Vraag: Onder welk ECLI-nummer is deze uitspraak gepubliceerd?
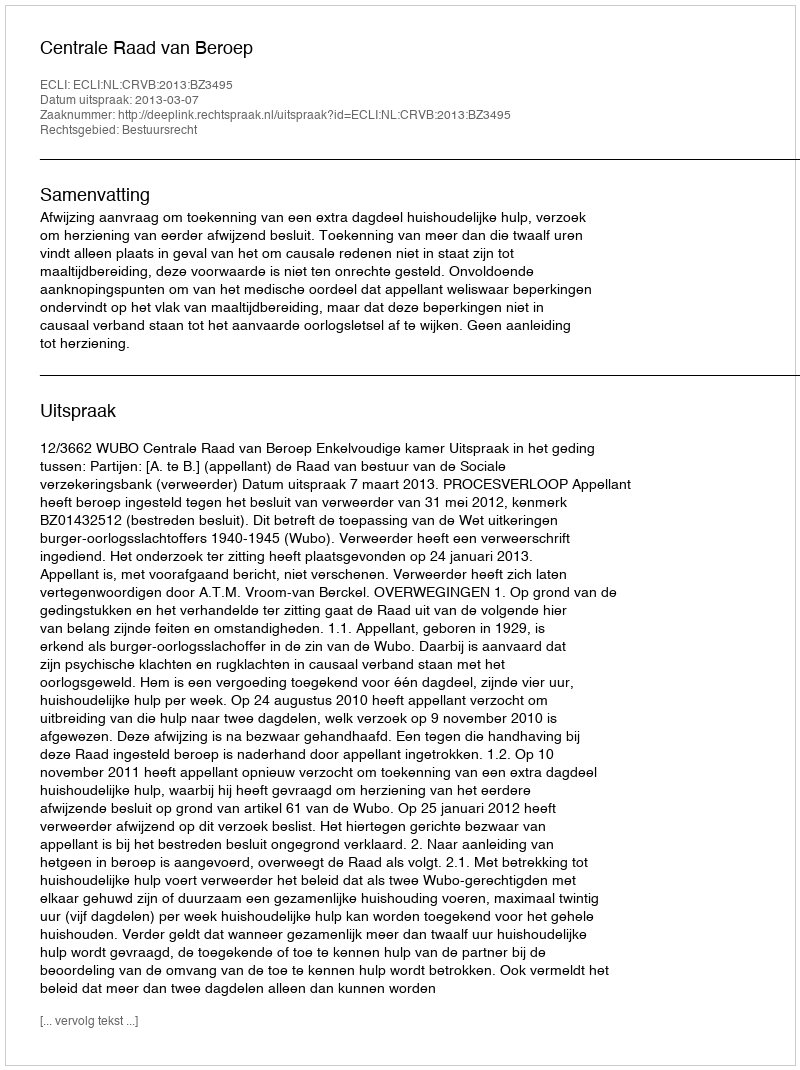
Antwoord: ECLI:NL:CRVB:2013:BZ3495